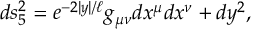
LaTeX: d s _ { 5 } ^ { 2 } = e ^ { - 2 | y | / \ell } g _ { \mu \nu } d x ^ { \mu } d x ^ { \nu } + d y ^ { 2 } ,